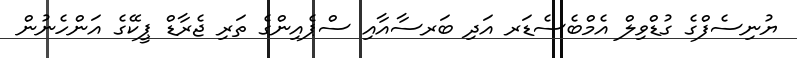
ޔުނިސެފްގެ ގުޑްވިލް އެމްބެސެޑަރ އަދި ބަރސާއާއި ސްޕެއިންގެ ތަރި ޖެރާޑް ޕީކޭގެ އަންހެނުން